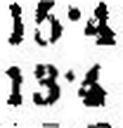
13•4